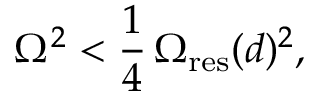
\Omega ^ { 2 } < \frac { 1 } { 4 } \, \Omega _ { \mathrm { r e s } } ( d ) ^ { 2 } ,